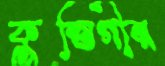
কুস্তিগীর